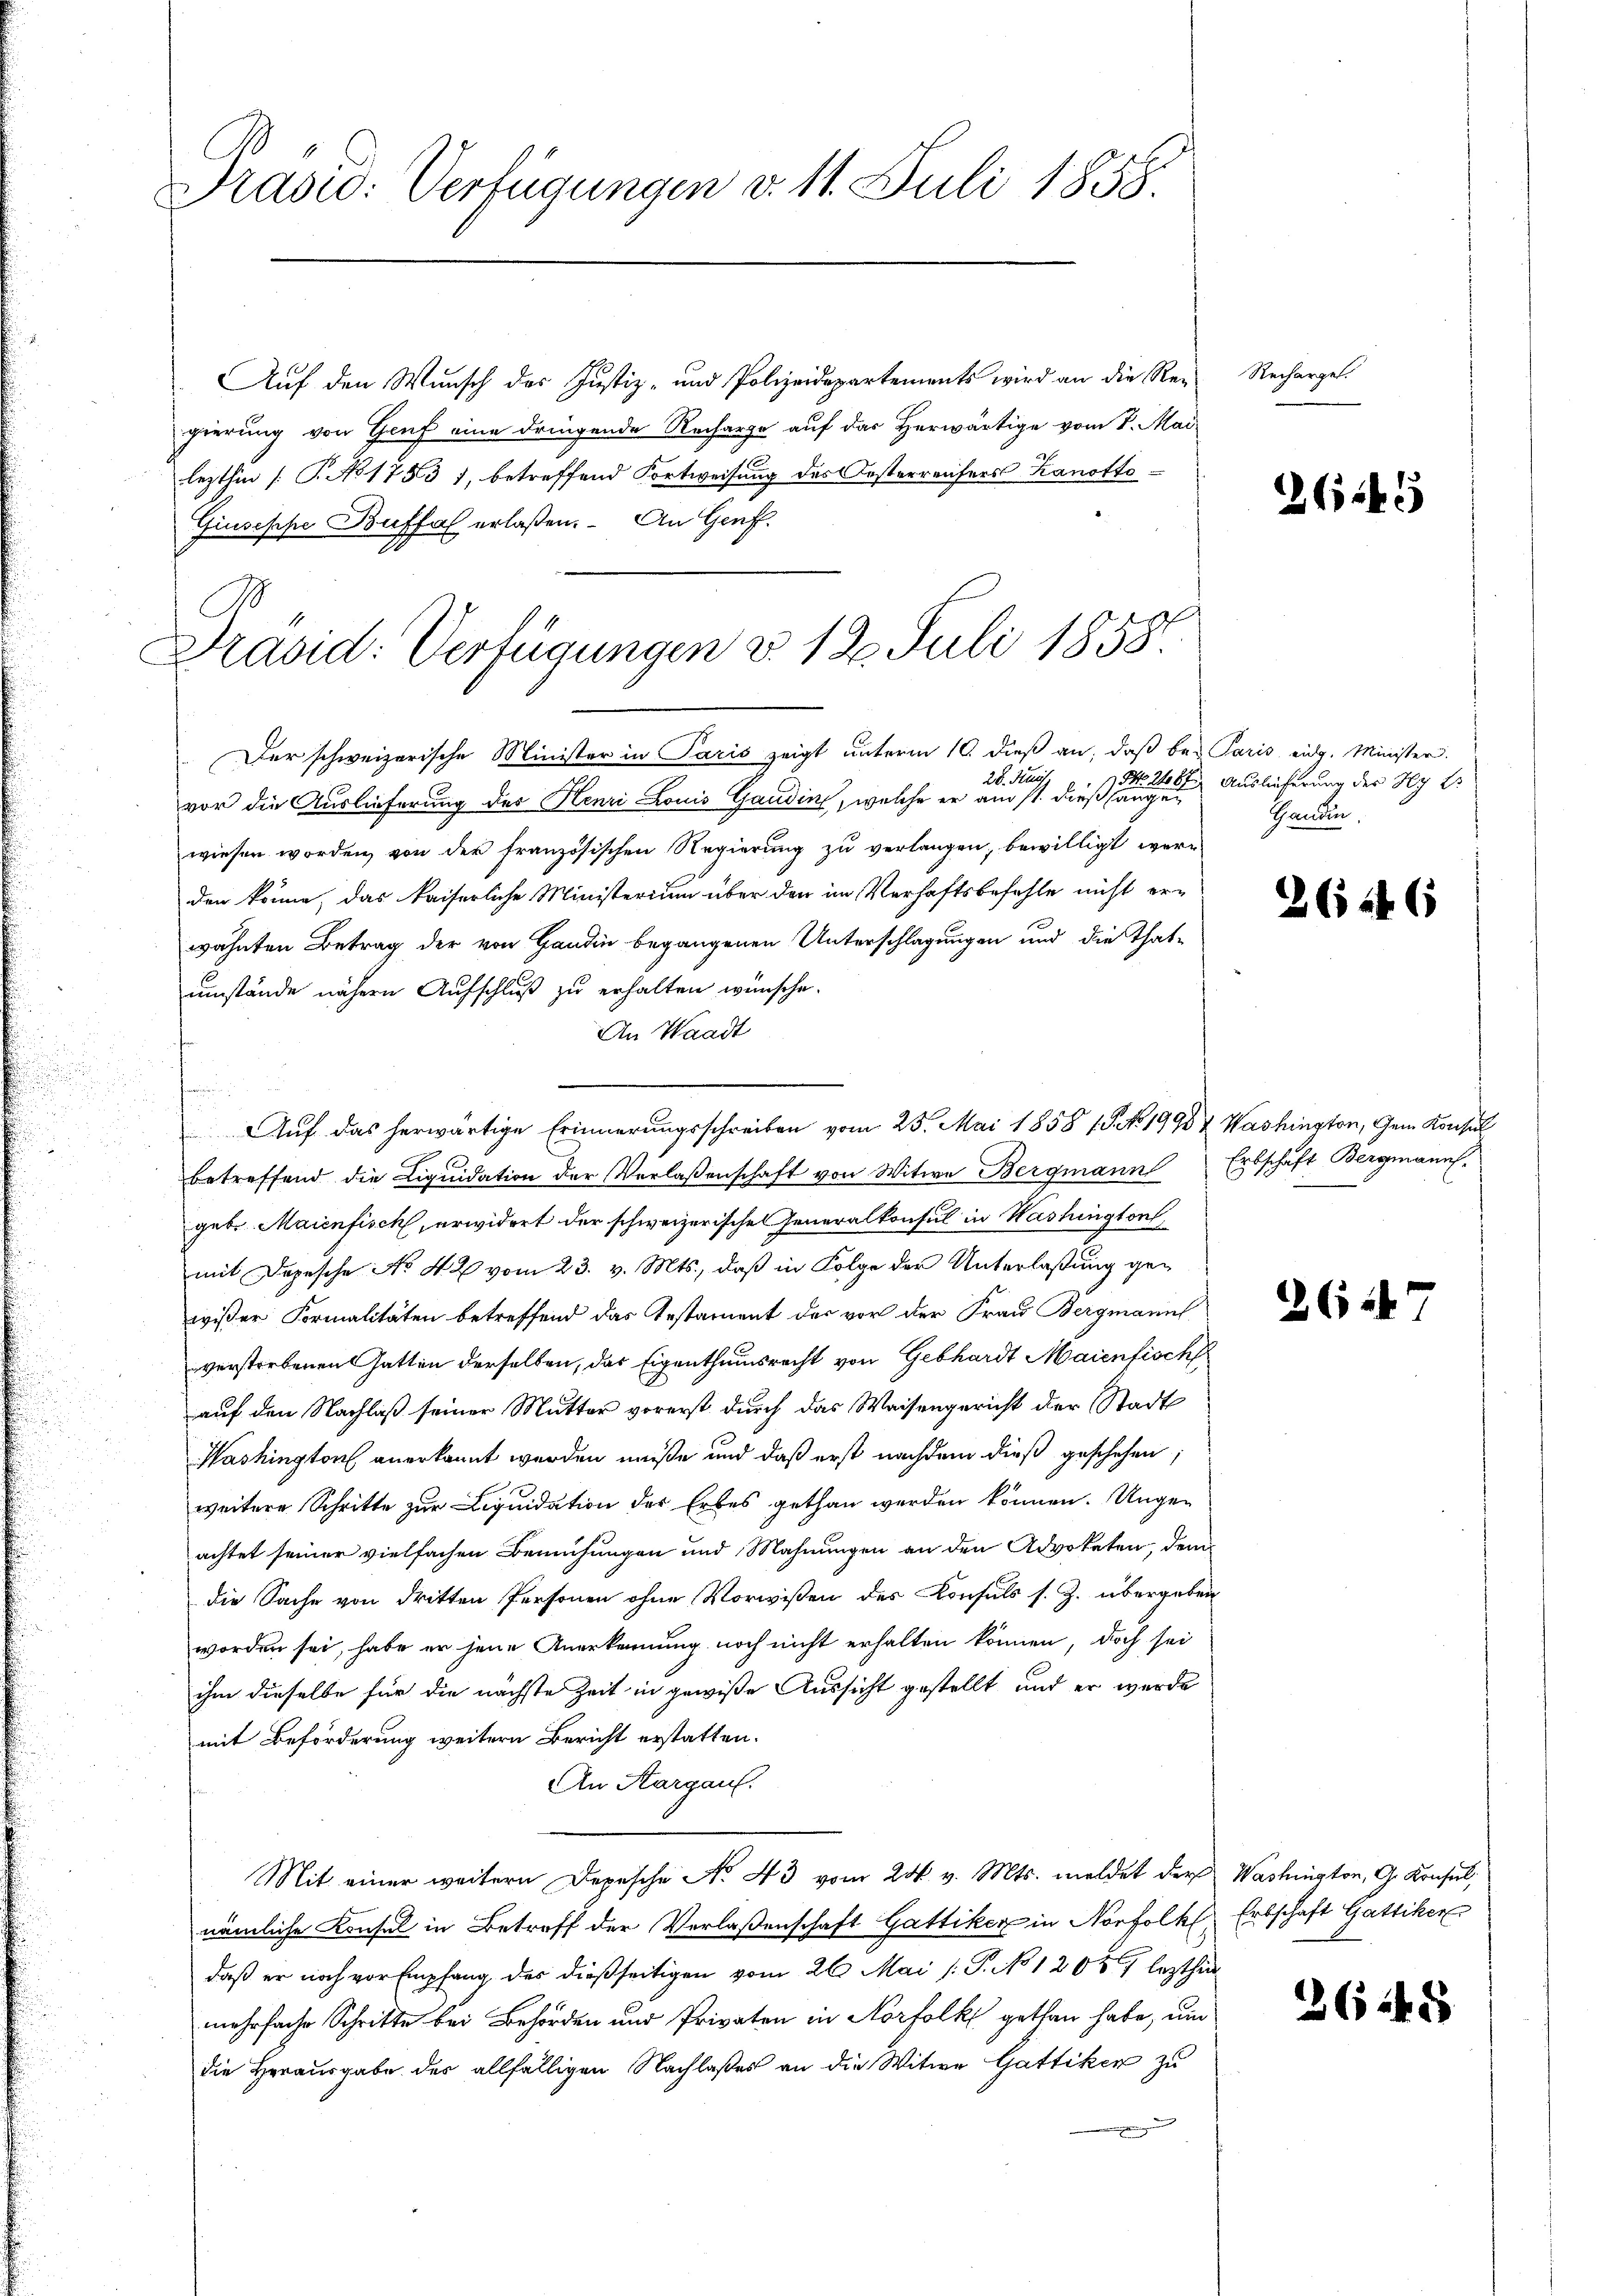
Prasio: Verfügungen v. 11. Juli 1858.

Auf den Wunsch des Justiz- und Polizeidepartements wird an die Re-
gierung von Genf eine dringende Recharge auf das Herwärtige vom 8. Mai
lezthin (T. No 1753 1, betreffend Fortweisung des Oesterreifers Kanotto¬
Giuseppe Buffal erlaßen. An Genf.

Präsid: Verfügungen d. 12. Juli 1858.

Der schweizerische Minister in Paris zeigt unterm 10. dieß an, daß bei Paris eidg. Minister.
vor die Auslieferung des Henri Louis Gaudin, welche er am 11. dieß angewiesen worden, von der französischen Regierung zu verlangen, bewilligt werden könne, das kaiserliche Ministerium über den im Verhaftsbefehle nicht er-
wähnten Betrag der von Handin begangenen Unterschlagungen und die That-
umstände nähern Aufschluß zu erhalten wünsche.
An Waadt
d
n
betreffend die Liquidation der Verlaßenschaft von Witwe Bergmann Erbschaft Bergmann.
geb. Maienfisch, erwidert der schweizerische Generalkonsul in Washington,
mit Depesche No 42 vom 23. v. Mts., daß in Folge der Unterlaßung gewißer Formalitäten betreffend das Testament der vor der Frau Bergmann
verstorbenen Gatten derselben, das Eigenthumsrecht von Gebhardt Maienfisch
auf den Nachlaß seiner Mutter vorerst durch das Waisengericht der Stadt
Washington anerkannt werden müße und daß erst nachdem dieß geschehen,
weitere Schritte zur Liquidation der Erbes gethan werden können. Ungeachtet seiner vielfachen Bemühungen und Mahnungen an den Advokaten, dem
die Sache von dritten Personen ohne Vorwißen des Konsuls s. Z. übergeben
worden sei, habe er jene Anerkennung noch nicht erhalten können, doch sei
ihm dieselbe für die nächste Zeit in gewiße Aussicht gestellt und er wurde
mit Beförderung weitern Bericht erstatten.
An Kargau.
Mit einer weitern Depesche No. 43 vom 24. v. Mts. meldet der Washington, G. Konsul,
nämliche Konsul in Betreff der Verlaßenschaft Gattiker in Norfolk Erbschaft Gattiker
daß er noch vor Empfang des dießseitigen vom 26. Mai /: P. No 1205 lezthin
mehrfache Schritte bei Behörden und Privaten in Norfolk gethan habe, um
die Herausgabe der allfälligen Nachlaßes an die Witwe Gattiker zu

Auf das herwärtige Erinnerungsschreiben vom 25. Mai 1858 15. No. 1998 & Washington, Gem. Konsul

Recharget.

2649

28. Kuss 17. No 21064. Auslieferung des Hy E
Handen.

3624 6

2647

3645